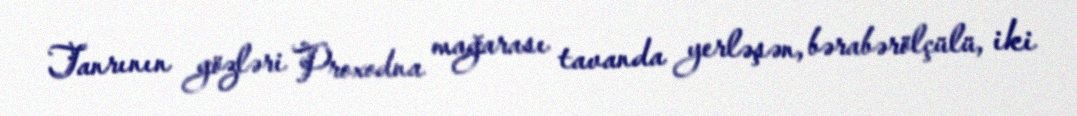
Tanrının gözləri Proxodna mağarası tavanda yerləşən, bərabərölçülü, iki